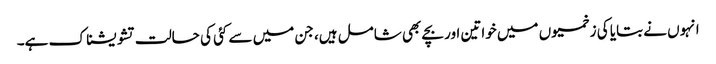
انہوں نے بتایا کی زخمیوں میں خواتین اور بچے بھی شامل ہیں، جن میں سے کئی کی حالت تشویشناک ہے۔